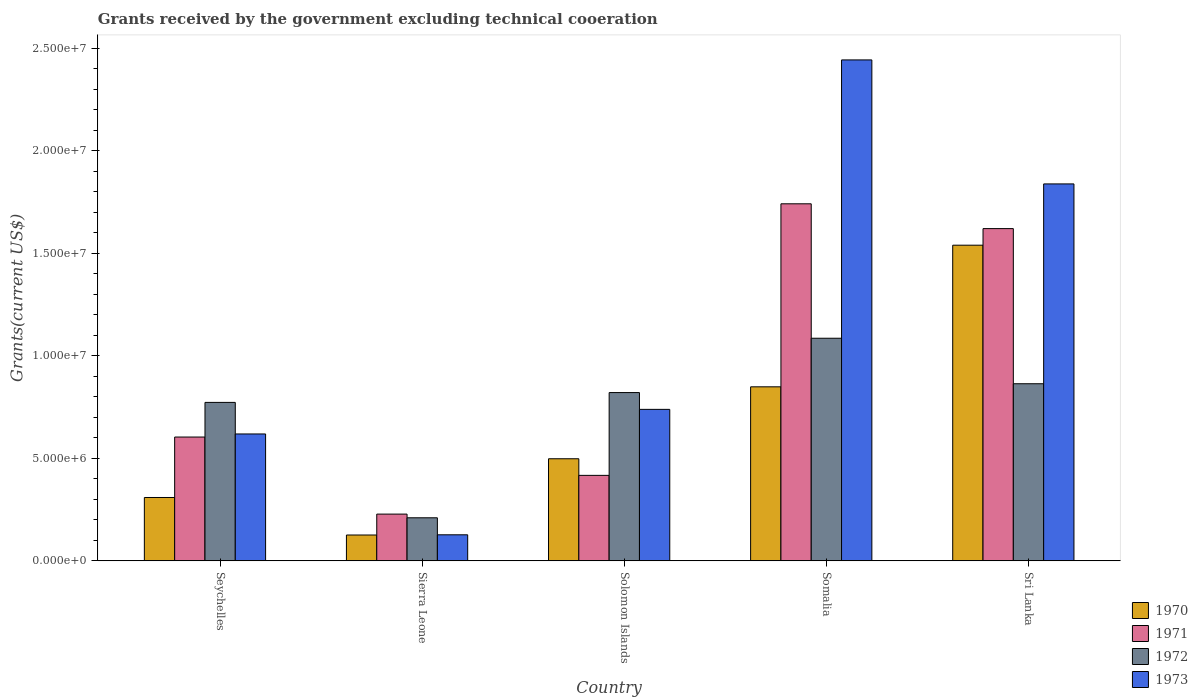
| Country | 1970 | 1971 | 1972 | 1973 |
 | --- | --- | --- | --- | --- |
 | Seychelles | 3.09e+06 | 6.04e+06 | 7.73e+06 | 6.19e+06 |
 | Sierra Leone | 1.26e+06 | 2.28e+06 | 2.1e+06 | 1.27e+06 |
 | Solomon Islands | 4.98e+06 | 4.17e+06 | 8.21e+06 | 7.39e+06 |
 | Somalia | 8.49e+06 | 1.74e+07 | 1.09e+07 | 2.44e+07 |
 | Sri Lanka | 1.54e+07 | 1.62e+07 | 8.64e+06 | 1.84e+07 |